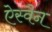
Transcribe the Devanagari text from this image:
ऐस्वैन